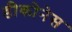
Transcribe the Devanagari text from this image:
डीकोनेस